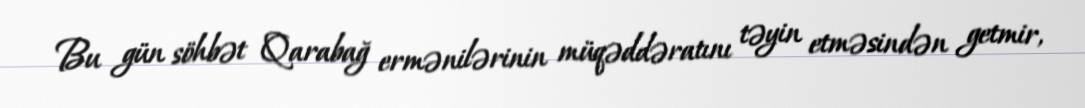
Bu gün söhbət Qarabağ ermənilərinin müqəddəratını təyin etməsindən getmir,